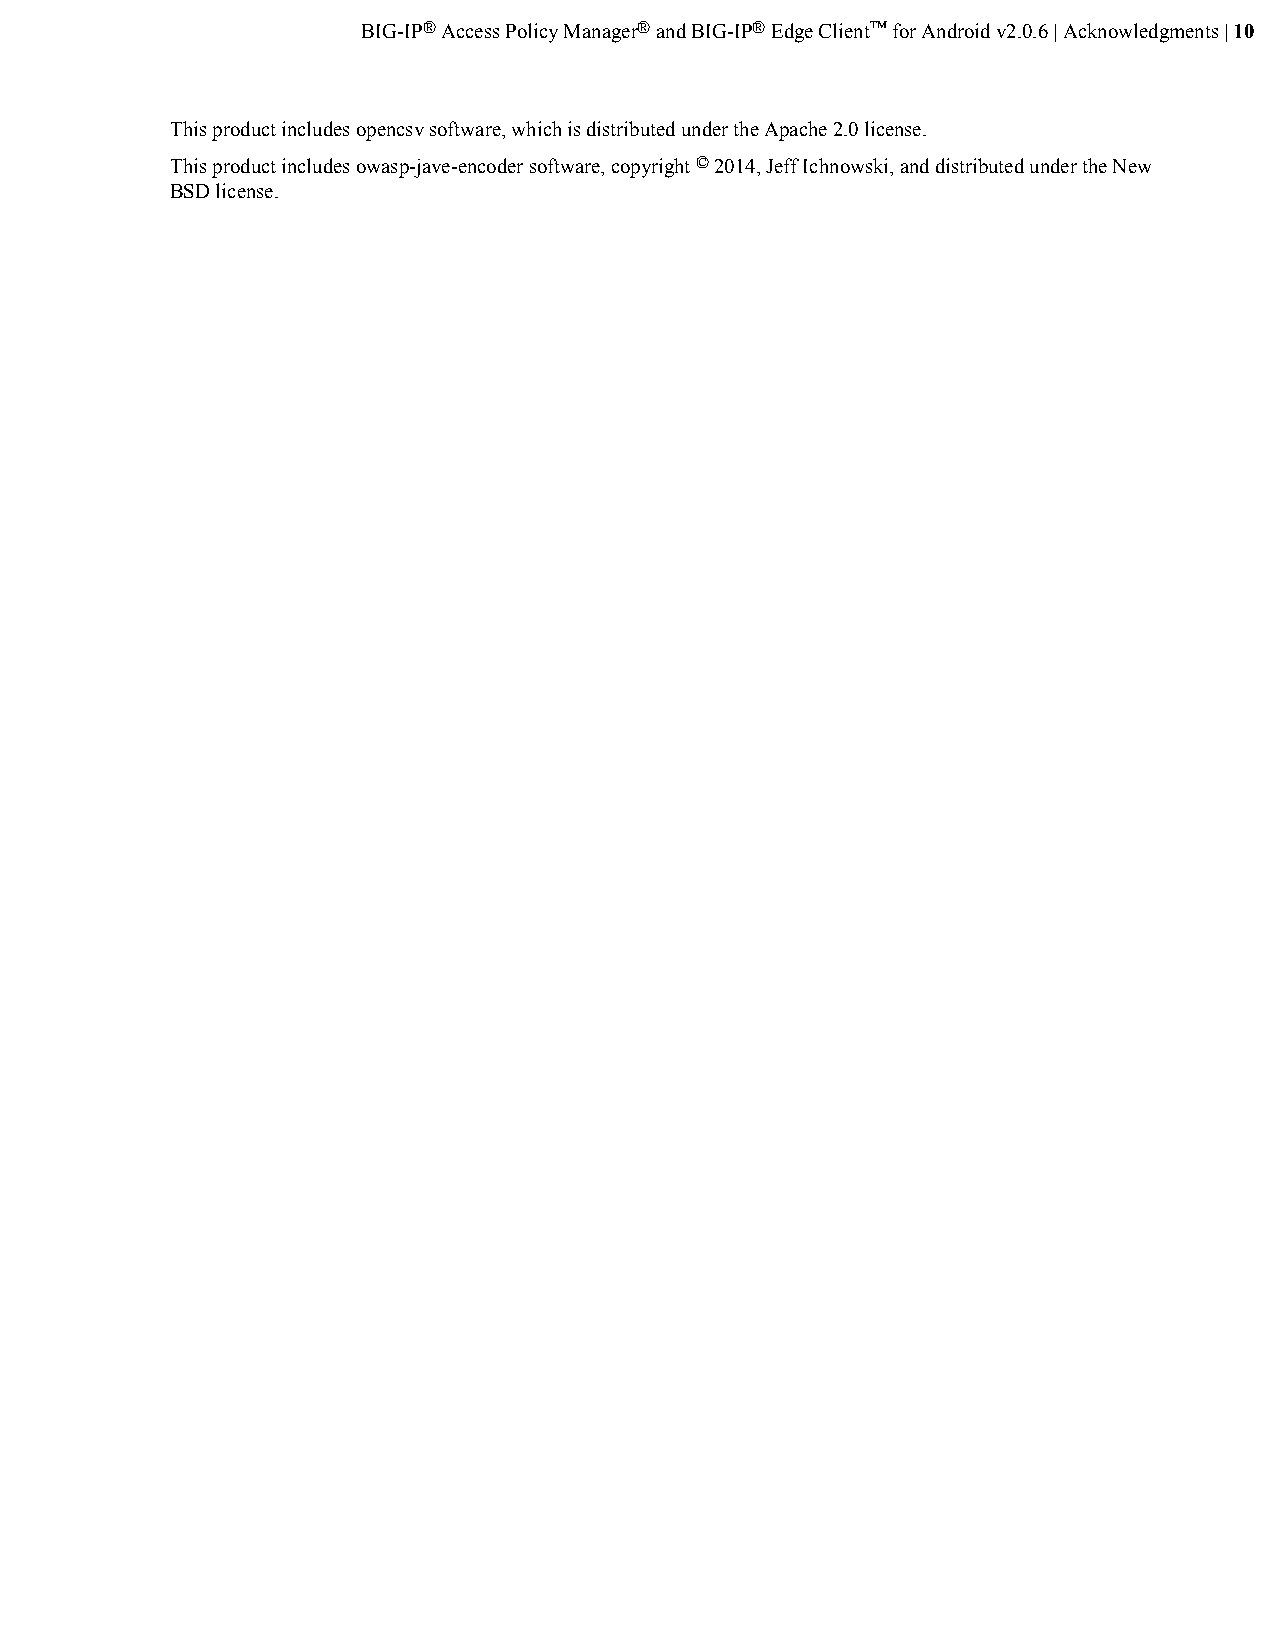
BIG-IP® Access Policy Manager® and BIG-IP® Edge Client™ for Android v2.0.6 | Acknowledgments | 10
 This product includes opencsv software, which is distributed under the Apache 2.0 license.
 This product includes owasp-jave-encoder software, copyright © 2014, Jeff Ichnowski, and distributed under the New
 BSD license.